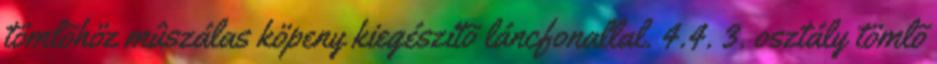
tömlõhöz mûszálas köpeny kiegészítõ láncfonallal. 4.4. 3. osztály tömlõ